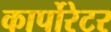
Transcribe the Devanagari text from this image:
कार्पोरेटर